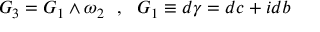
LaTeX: G _ { 3 } = G _ { 1 } \wedge \omega _ { 2 } ~ ~ , ~ ~ G _ { 1 } \equiv d \gamma = d c + i d b